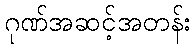
ဂုဏ်အဆင့်အတန်း